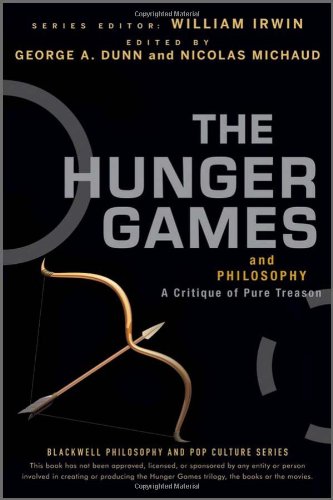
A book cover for The Hunger Games and Philosophy: A Critique of Pure Treason; Science Fiction & Fantasy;